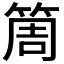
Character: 𥮐